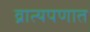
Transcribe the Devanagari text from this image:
व्रात्यपणात